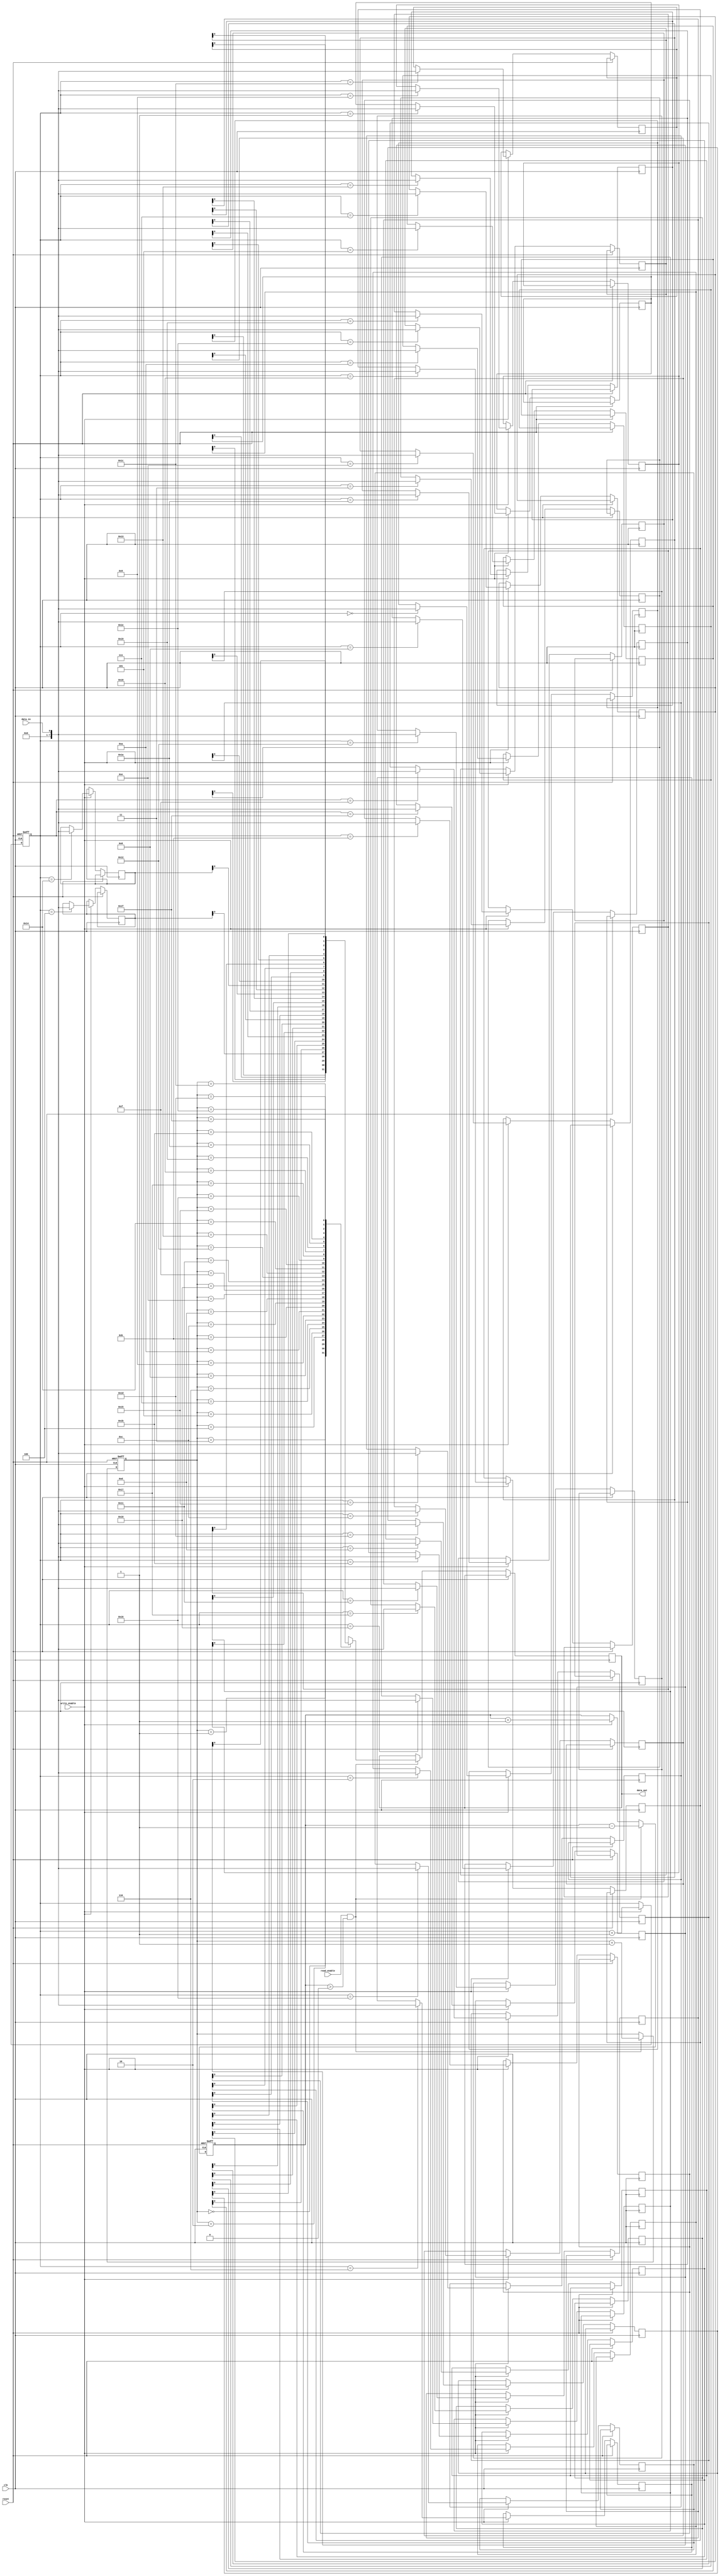
module edge_sensitive_fifo(
    input wire clk, // Clock signal
    input wire reset, // Reset signal
    input wire data_in, // Input data signal
    output reg data_out, // Output data signal
    input wire read_enable, // Read enable signal
    input wire write_enable // Write enable signal
);

reg [7:0] fifo_buffer [0:31]; // FIFO buffer with 32 entries
reg [4:0] write_ptr, read_ptr, count;

always @(posedge clk or posedge reset) begin
    if (reset) begin
        write_ptr <= 5'b0;
        read_ptr <= 5'b0;
        count <= 5'b0;
    end else begin
        if (write_enable) begin
            fifo_buffer[write_ptr] <= data_in;
            write_ptr <= write_ptr + 1;
            count <= count + 1;
        end
        
        if (read_enable & count > 0) begin
            data_out <= fifo_buffer[read_ptr];
            read_ptr <= read_ptr + 1;
            count <= count - 1;
        end
    end
end

endmodule